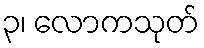
၃၊ လောကသုတ်